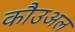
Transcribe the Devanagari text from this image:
कौउअल